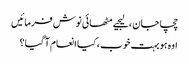
چچا جان ، لیجیے مٹھائی نوش فرمائیں
اوہ ہو بہت خوب ، کیا انعام آ گیا؟